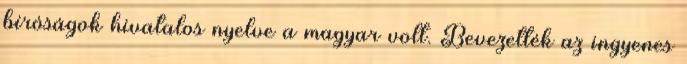
bíróságok hivatalos nyelve a magyar volt. Bevezették az ingyenes